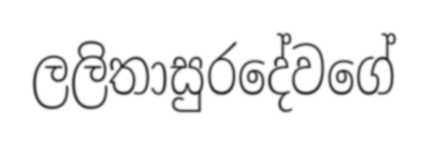
ලලිතාසුරදේවගේ